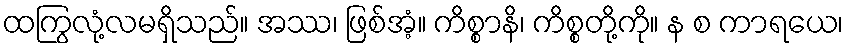
ထကြွလုံ့လမရှိသည်။ အဿ၊ ဖြစ်အံ့။ ကိစ္စာနိ၊ ကိစ္စတို့ကို။ န စ ကာရယေ၊